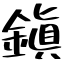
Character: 鎭